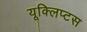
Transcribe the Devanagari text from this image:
यूक्लिप्टस